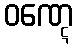
ဝဏ္ဋေ